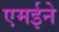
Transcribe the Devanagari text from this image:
एमईने